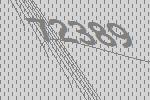
72389